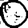
Digit: 0